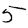
Digit: 5